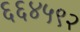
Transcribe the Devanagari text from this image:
६६४५९२